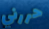
حررني